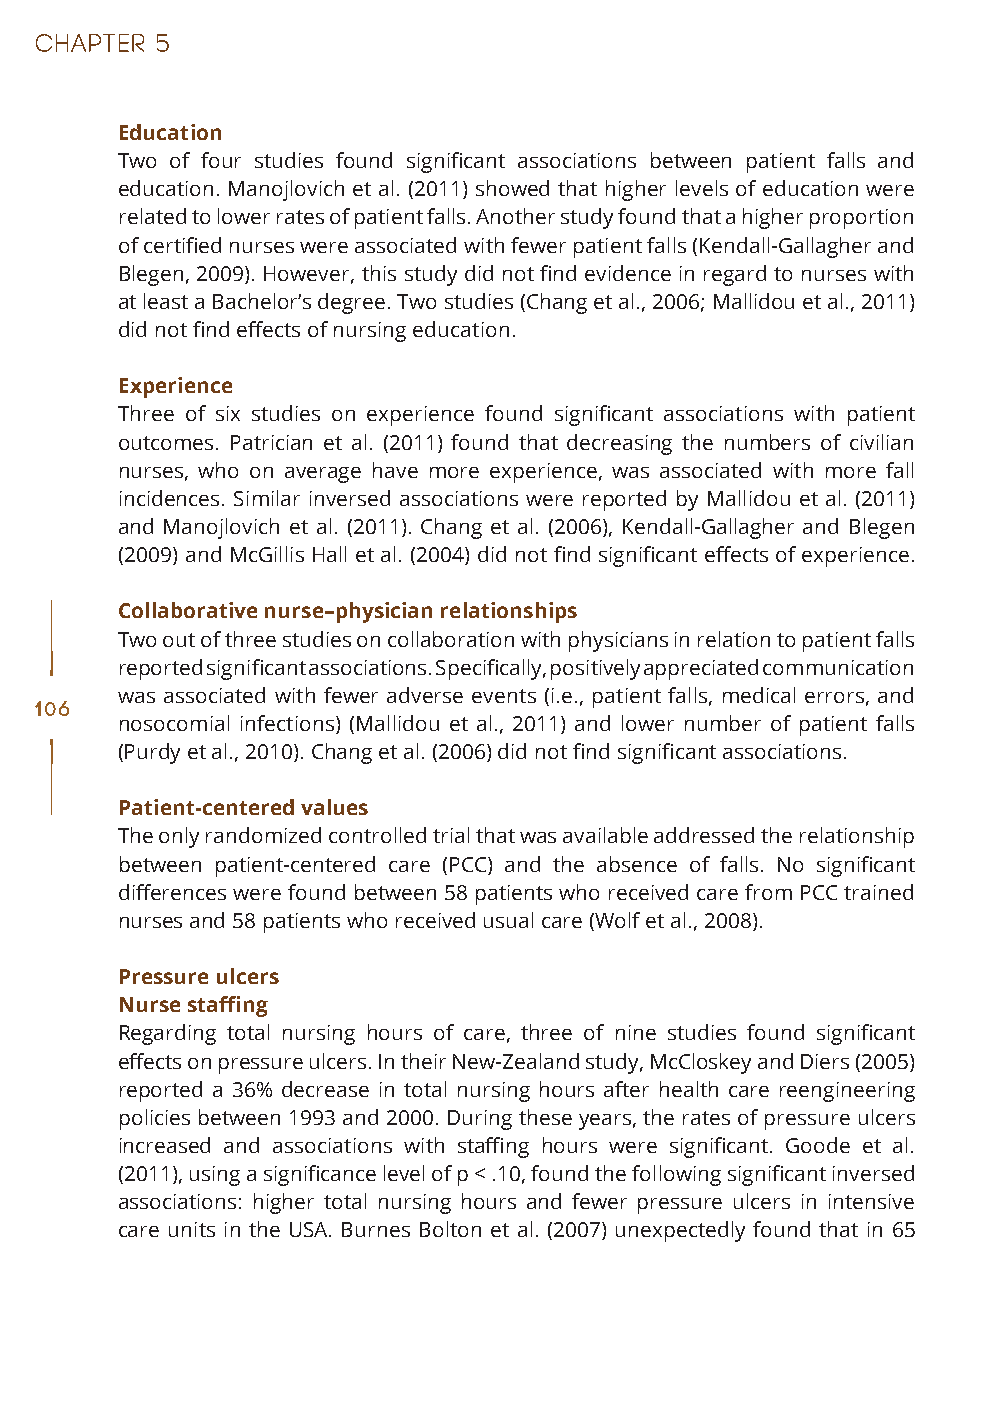
Education
 Two of four studies found significant associations between patient falls and
 education. Manojlovich et al. (2011) showed that higher levels of education were
 related to lower rates of patient falls. Another study found that a higher proportion
 of certified nurses were associated with fewer patient falls (Kendall-Gallagher and
 Blegen, 2009). However, this study did not find evidence in regard to nurses with
 at least a Bachelor’s degree. Two studies (Chang et al., 2006; Mallidou et al., 2011)
 did not find effects of nursing education.
 Experience
 Three of six studies on experience found significant associations with patient
 outcomes. Patrician et al. (2011) found that decreasing the numbers of civilian
 nurses, who on average have more experience, was associated with more fall
 incidences. Similar inversed associations were reported by Mallidou et al. (2011)
 and Manojlovich et al. (2011). Chang et al. (2006), Kendall-Gallagher and Blegen
 (2009) and McGillis Hall et al. (2004) did not find significant effects of experience.
 Collaborative nurse–physician relationships
 Two out of three studies on collaboration with physicians in relation to patient falls
 reported significant associations. Specifically, positively appreciated communication
 was associated with fewer adverse events (i.e., patient falls, medical errors, and
 106
 nosocomial infections) (Mallidou et al., 2011) and lower number of patient falls
 (Purdy et al., 2010). Chang et al. (2006) did not find significant associations.
 Patient-centered values
 The only randomized controlled trial that was available addressed the relationship
 between patient-centered care (PCC) and the absence of falls. No significant
 differences were found between 58 patients who received care from PCC trained
 nurses and 58 patients who received usual care (Wolf et al., 2008).
 Pressure ulcers
 Nurse staffing
 Regarding total nursing hours of care, three of nine studies found significant
 effects on pressure ulcers. In their New-Zealand study, McCloskey and Diers (2005)
 reported a 36% decrease in total nursing hours after health care reengineering
 policies between 1993 and 2000. During these years, the rates of pressure ulcers
 increased and associations with staffing hours were significant. Goode et al.
 (2011), using a significance level of p < .10, found the following significant inversed
 associations: higher total nursing hours and fewer pressure ulcers in intensive
 care units in the USA. Burnes Bolton et al. (2007) unexpectedly found that in 65